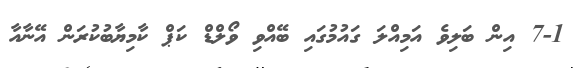
7-1 އިން ބަލިވެ އަމިއްލަ ގައުމުގައި ބޭއްވި ވޯލްޑް ކަޕް ކާމިޔާބުކުރަން އޭނާއާ